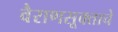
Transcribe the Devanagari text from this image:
वैराणसूक्ताचे